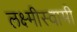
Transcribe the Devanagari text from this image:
लक्ष्मीस्वामी